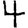
Digit: 4